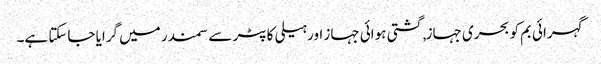
گہرائی بم کو بحری جہاز, گشتی ہوائی جہاز اور ہیلی کاپٹر سے سمندر میں گرایا جاسکتا ہے۔